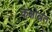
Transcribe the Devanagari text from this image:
कक्षोन्नत